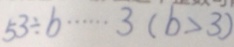
5 3 \div b \cdots 3 ( b > 3 )